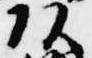
頭